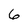
Character: 6